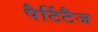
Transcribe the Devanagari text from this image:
पैर्टिटैज